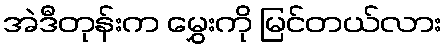
အဲဒီတုန်းက မွှေးကို မြင်တယ်လား